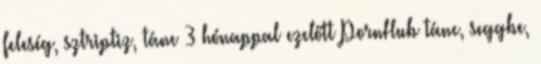
feleség, sztriptiz, tánc 3 hónappal ezelőtt PornHub tánc, seggbe,